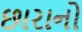
છારાનો